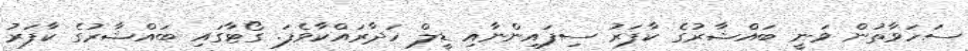
ސަހަވާތުން ވަނީ ބައްޝާރުގެ ކާފަރު ސިފައިންނާއި ޑީލް ހަދާރައްކާވެފަ. ގޯޓާގައި ބައްޝާރުގެ ކާފަރު